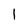
Character: 1